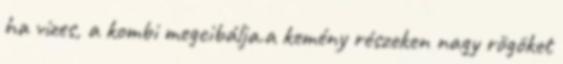
ha vizes, a kombi megcibálja.a kemény részeken nagy rögöket